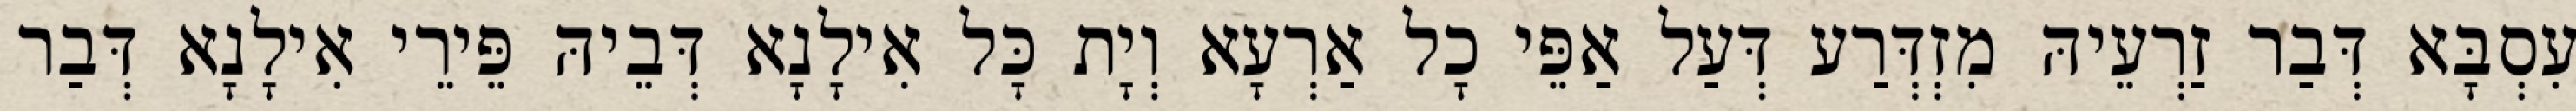
עִסְבָּא דְּבַר זַרְעֵיהּ מִזְדְּרַע דְּעַל אַפֵּי כָל אַרְעָא וְיָת כָּל אִילָנָא דְּבֵיהּ פֵּירֵי אִילָנָא דְּבַר